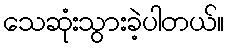
သေဆုံးသွားခဲ့ပါတယ်။